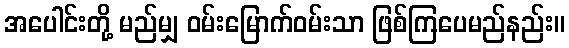
အပေါင်းတို့ မည်မျှ ဝမ်းမြောက်ဝမ်းသာ ဖြစ်ကြပေမည်နည်း။